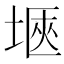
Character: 𭎻